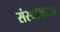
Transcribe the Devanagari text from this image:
संस्थाकरता